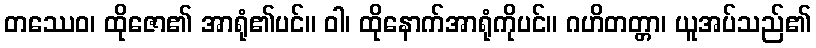
တဿေဝ၊ ထိုဇော၏ အာရုံ၏ပင်။ ဝါ၊ ထိုနောက်အာရုံကိုပင်။ ဂဟိတတ္တာ၊ ယူအပ်သည်၏